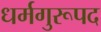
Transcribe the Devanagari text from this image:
धर्मगुरूपद